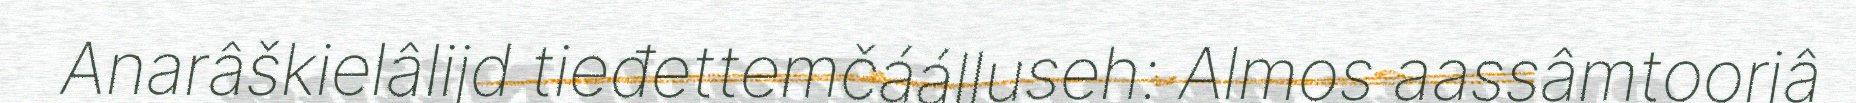
Anarâškielâlijd tieđettemčáálluseh: Almos aassâmtoorjâ